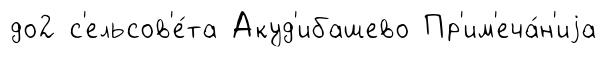
до2 с'ельсов'е́та Акуд'ибашево Пр'им'еча́н'иjа